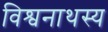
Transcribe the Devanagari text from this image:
विश्वनाथस्य